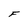
Character: F